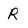
Character: R